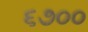
૬૭૦૦